Indian journal of veterinary science and animal husbandry - Volume 10,
Year: 1940
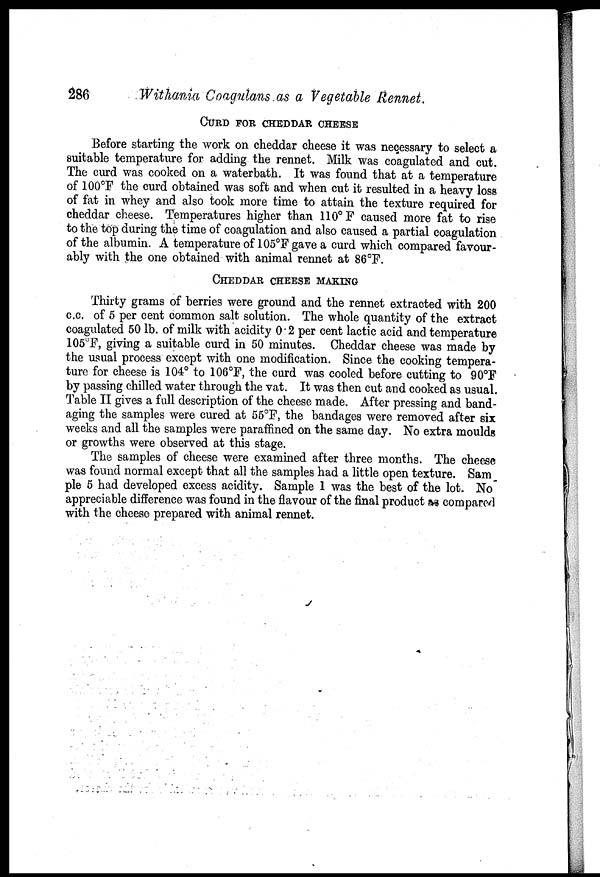
286
Withania Coagulans as a Vegetable Rennet.
CURD FOR CHEDDAR CHEESE
Before starting the work on cheddar cheese it was necessary to select a
suitable temperature for adding the rennet. Milk was coagulated and cut.
The curd was cooked on a waterbath. It was found that at a temperature
of 100°F the curd obtained was soft and when cut it resulted in a heavy loss
of fat in whey and also took more time to attain the texture required for
cheddar cheese. Temperatures higher than 110° F caused more fat to rise
to the top during the time of coagulation and also caused a partial coagulation
of the albumin. A temperature of 105°F gave a curd which compared favour-
ably with the one obtained with animal rennet at 86°F.
CHEDDAR CHEESE MAKING
Thirty grams of berries were ground and the rennet extracted with 200
c.c. of 5 per cent common salt solution. The whole quantity of the extract
coagulated 50 lb. of milk with acidity 0.2 per cent lactic acid and temperature
105°F, giving a suitable curd in 50 minutes. Cheddar cheese was made by
the usual process except with one modification. Since the cooking tempera-
ture for cheese is 104° to 106°F, the curd was cooled before cutting to 90°F
by passing chilled water through the vat. It was then cut and cooked as usual.
Table II gives a full description of the cheese made. After pressing and band-
aging the samples were cured at 55°F, the bandages were removed after six
weeks and all the samples were paraffined on the same day. No extra moulds
or growths were observed at this stage.
The samples of cheese were examined after three months. The cheese
was found normal except that all the samples had a little open texture. Sam
ple 5 had developed excess acidity. Sample 1 was the best of the lot. No
appreciable difference was found in the flavour of the final product as compared
with the cheese prepared with animal rennet.